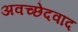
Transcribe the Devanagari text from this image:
अवच्छेदवाद